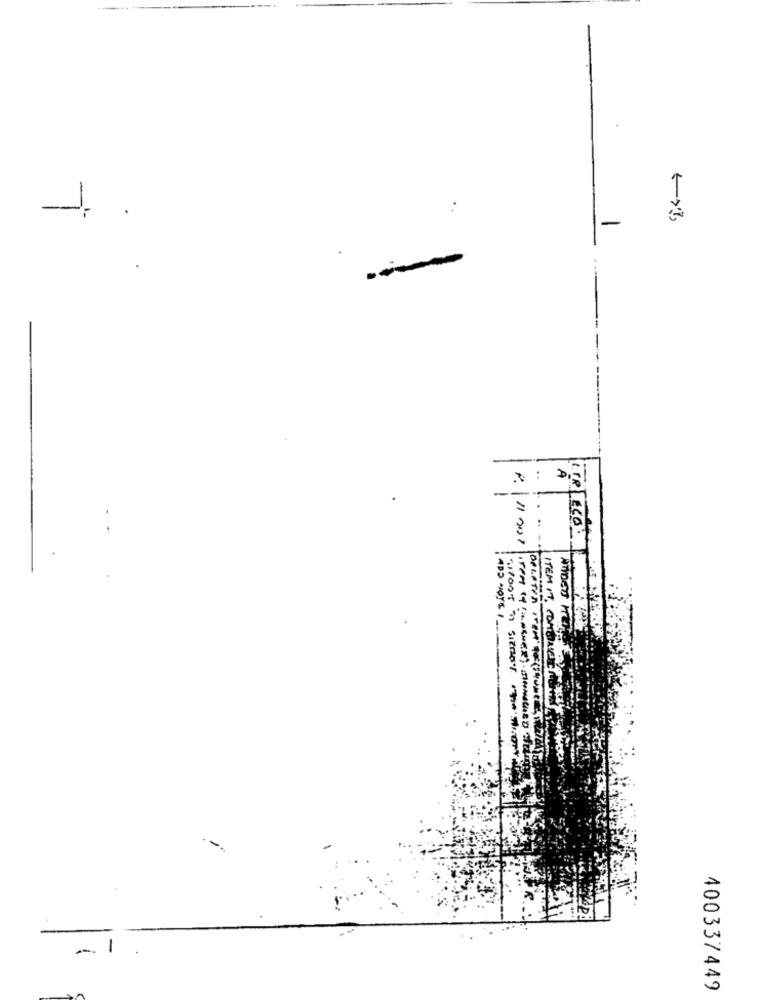
-
..
ADD NOYS 1
ITR LECO.
ITEM IT , COMBINE
400337449